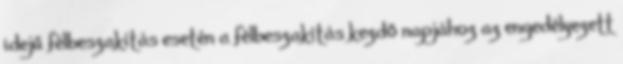
idejű félbeszakítás esetén a félbeszakítás kezdő napjához az engedélyezett